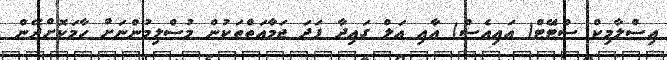
އިސްލާމިކް ސްޓޭަޓް( އައިއެސް) އާއި އަލް ގައިދާ ފަދަ ޖަމާއަތްތަކުން މުސްލިމުންނަށް ހާމަކޮށްދޭން